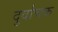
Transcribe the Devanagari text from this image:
दुर्वाचक